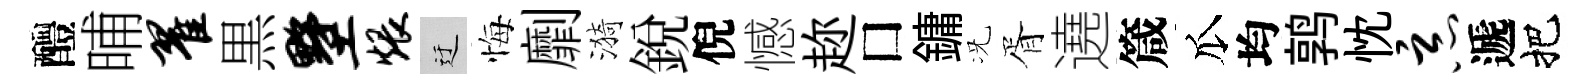
醴晡翟黒墅煨迂悔劘漪銳倪憾趂□鏞况胥遶箴瓜均鹑忱恶遞把